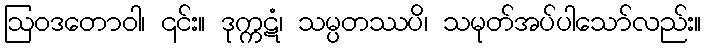
ဩဝဒတောဝါ၊ ၎င်း။ ဒုက္ကဋံ၊ သမ္ပတဿပိ၊ သမုတ်အပ်ပါသော်လည်း။